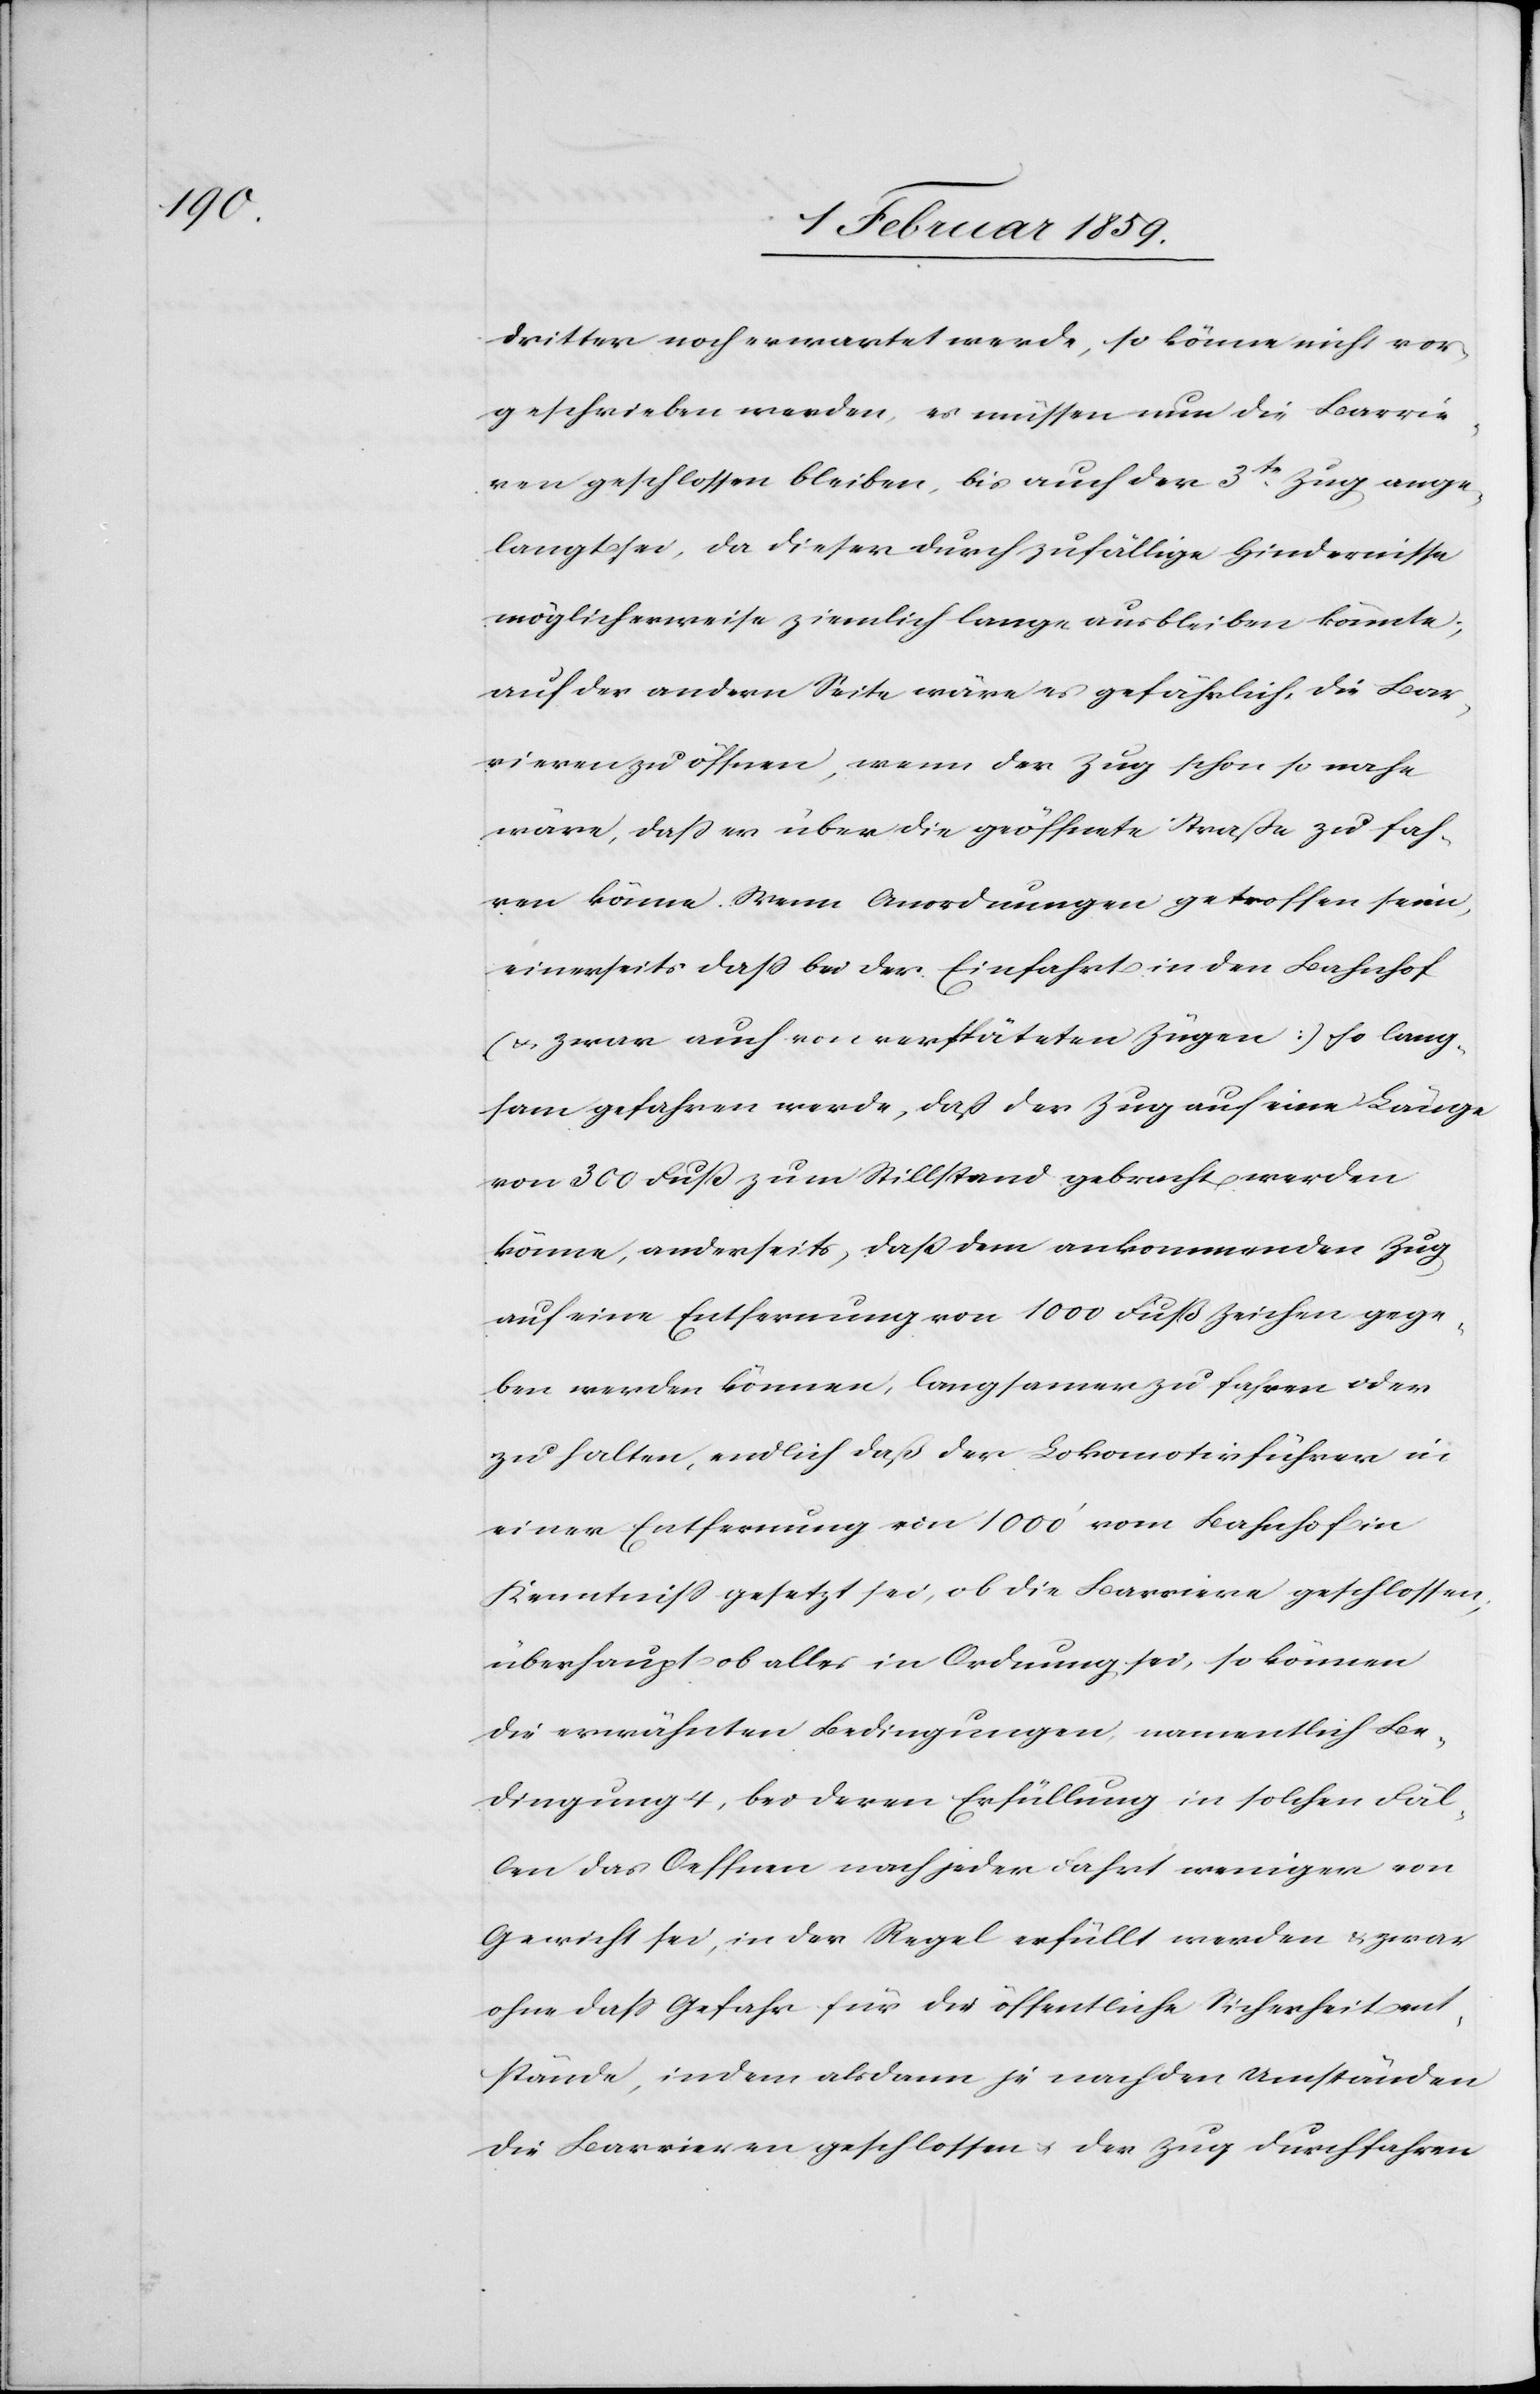
dritter noch erwartet werde, so könne nicht vor¬
geschrieben werden, es müssen nun die Barrie¬
ren geschlossen bleiben, bis auch der 3te. Zug ange¬
langt sei, da dieser durch zufällige Hindernisse
möglicherweise ziemlich lange ausbleiben könnte;
auf der andern Seite wäre es gefährlich, die Bar¬
rieren zu öffnen, wenn der Zug schon so nahe
wäre, daß er über die geöffnete Straße zufah¬
ren könne. Wenn Anordnungen getroffen seien,
einerseits daß bei der Einfahrt in den Bahnhof
(u. zwar auch von verspäteten Zügen) so lang¬
sam gefahren werde, daß der Zug auf eine Länge
von 300 Fuß zum Stillstand gebracht werden
könne, anderseits, daß dem ankommenden Zug
auf eine Entfernung von 1000 Fuß Zeichen gege¬
ben werden können, langsamer zu fahren oder
zu halten, endlich daß der Lokomotivführer in
einer Entfernung von 1000ʼ vom Bahnhof in
Kenntniß gesetzt sei, ob die Barriere geschlossen;
überhaupt ob alles in Ordnung sei, so können
die erwünschten Bedingungen, namentlich Be¬
dingung 4, bei deren Erfüllung in solchen Fäl¬
len das Oeffnen nach jeder Fahrt weniger von
Gewicht sei, in der Regel erfüllt werden u. zwar
ohne daß Gefahr für die öffentliche Sicherheit ent¬
stände, indem alsdann je nach den Umständen
die Barrieren geschlossen u. der Zug durchfahren